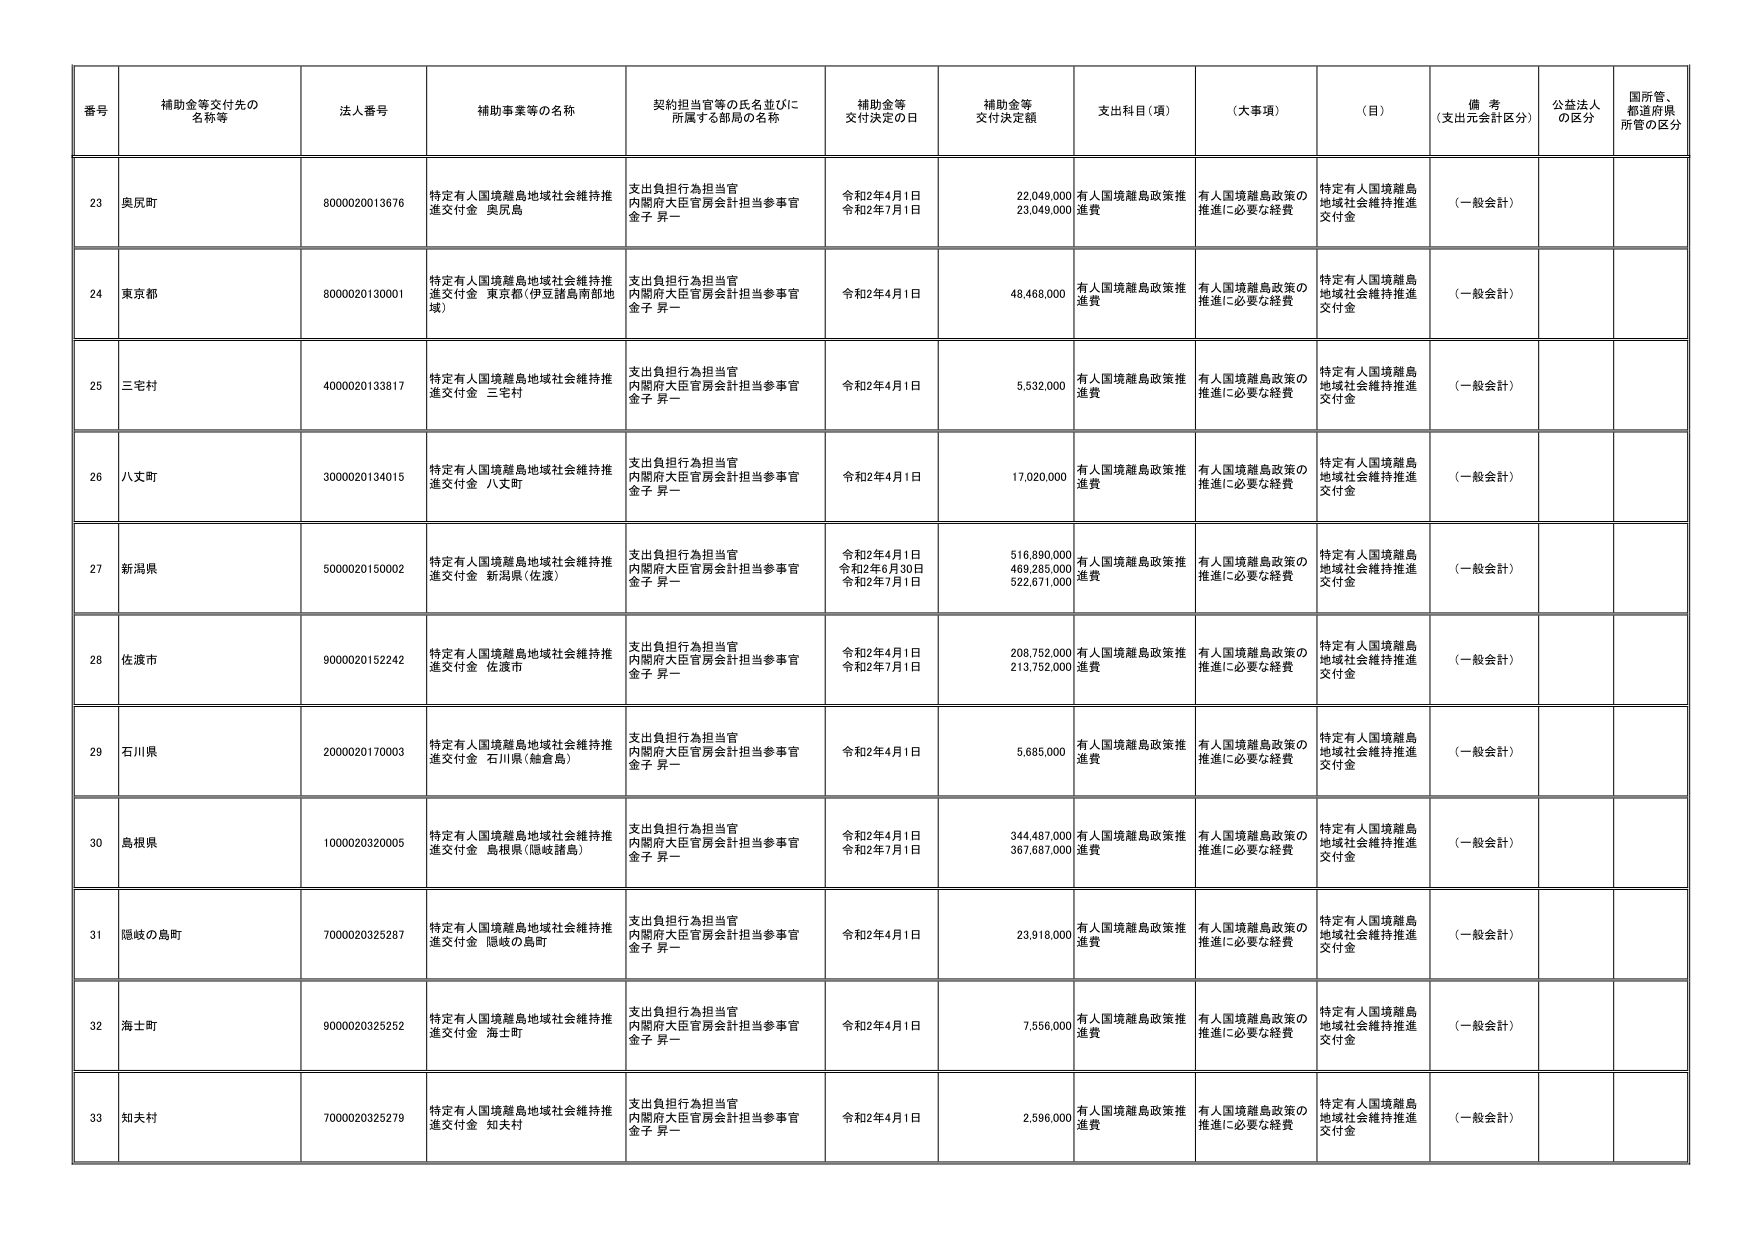
番号 補助金等交付先の名称等 法人番号 補助事業等の名称 契約担当官等の氏名並びに所属する部局の名称 補助金等交付決定の日 補助金等交付決定額 支出科目（項） （大事項） （目） 備考（支出元会計区分） 公益法人の区分 国所管、都道府県所管の区分

23 奥尻町 8000020013676 特定有人国境離島地域社会維持推進交付金 奥尻島 支出負担行為担当官 内閣府大臣官房会計担当参事官 金子 昇一 令和2年4月1日 令和2年7月1日 22,049,000 23,049,000 有人国境離島政策推進費 有人国境離島政策の推進に必要な経費 特定有人国境離島地域社会維持推進交付金 （一般会計）

24 東京都 8000020130001 特定有人国境離島地域社会維持推進交付金 東京都（伊豆諸島南部地域） 支出負担行為担当官 内閣府大臣官房会計担当参事官 金子 昇一 令和2年4月1日 48,468,000 有人国境離島政策推進費 有人国境離島政策の推進に必要な経費 特定有人国境離島地域社会維持推進交付金 （一般会計）

25 三宅村 4000020133817 特定有人国境離島地域社会維持推進交付金 三宅村 支出負担行為担当官 内閣府大臣官房会計担当参事官 金子 昇一 令和2年4月1日 5,532,000 有人国境離島政策推進費 有人国境離島政策の推進に必要な経費 特定有人国境離島地域社会維持推進交付金 （一般会計）

26 八丈町 3000020134015 特定有人国境離島地域社会維持推進交付金 八丈町 支出負担行為担当官 内閣府大臣官房会計担当参事官 金子 昇一 令和2年4月1日 17,020,000 有人国境離島政策推進費 有人国境離島政策の推進に必要な経費 特定有人国境離島地域社会維持推進交付金 （一般会計）

27 新潟県 5000020150002 特定有人国境離島地域社会維持推進交付金 新潟県（佐渡） 支出負担行為担当官 内閣府大臣官房会計担当参事官 金子 昇一 令和2年4月1日 令和2年6月30日 令和2年7月1日 516,890,000 469,285,000 522,671,000 有人国境離島政策推進費 有人国境離島政策の推進に必要な経費 特定有人国境離島地域社会維持推進交付金 （一般会計）

28 佐渡市 9000020152242 特定有人国境離島地域社会維持推進交付金 佐渡市 支出負担行為担当官 内閣府大臣官房会計担当参事官 金子 昇一 令和2年4月1日 令和2年7月1日 208,752,000 213,752,000 有人国境離島政策推進費 有人国境離島政策の推進に必要な経費 特定有人国境離島地域社会維持推進交付金 （一般会計）

29 石川県 2000020170003 特定有人国境離島地域社会維持推進交付金 石川県（輪島島） 支出負担行為担当官 内閣府大臣官房会計担当参事官 金子 昇一 令和2年4月1日 5,685,000 有人国境離島政策推進費 有人国境離島政策の推進に必要な経費 特定有人国境離島地域社会維持推進交付金 （一般会計）

30 島根県 1000020320005 特定有人国境離島地域社会維持推進交付金 島根県（隠岐諸島） 支出負担行為担当官 内閣府大臣官房会計担当参事官 金子 昇一 令和2年4月1日 令和2年7月1日 344,487,000 367,687,000 有人国境離島政策推進費 有人国境離島政策の推進に必要な経費 特定有人国境離島地域社会維持推進交付金 （一般会計）

31 隠岐の島町 7000020325287 特定有人国境離島地域社会維持推進交付金 隠岐の島町 支出負担行為担当官 内閣府大臣官房会計担当参事官 金子 昇一 令和2年4月1日 23,918,000 有人国境離島政策推進費 有人国境離島政策の推進に必要な経費 特定有人国境離島地域社会維持推進交付金 （一般会計）

32 海士町 9000020325252 特定有人国境離島地域社会維持推進交付金 海士町 支出負担行為担当官 内閣府大臣官房会計担当参事官 金子 昇一 令和2年4月1日 7,556,000 有人国境離島政策推進費 有人国境離島政策の推進に必要な経費 特定有人国境離島地域社会維持推進交付金 （一般会計）

33 知夫村 7000020325279 特定有人国境離島地域社会維持推進交付金 知夫村 支出負担行為担当官 内閣府大臣官房会計担当参事官 金子 昇一 令和2年4月1日 2,596,000 有人国境離島政策推進費 有人国境離島政策の推進に必要な経費 特定有人国境離島地域社会維持推進交付金 （一般会計）